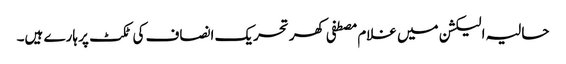
حالیہ الیکشن میں غلام مصطفی کھر تحریک انصاف کی ٹکٹ پر ہارے ہیں۔